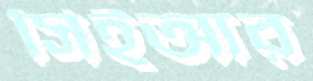
সিইআর